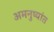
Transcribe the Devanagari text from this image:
अमनुष्यांत